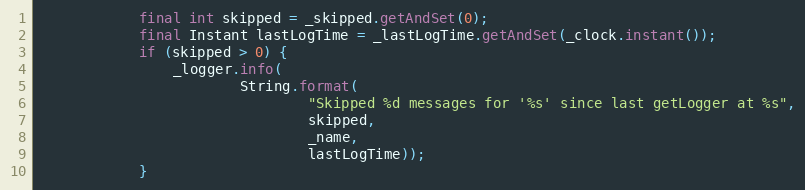
Language: Java
            final int skipped = _skipped.getAndSet(0);
            final Instant lastLogTime = _lastLogTime.getAndSet(_clock.instant());
            if (skipped > 0) {
                _logger.info(
                        String.format(
                                "Skipped %d messages for '%s' since last getLogger at %s",
                                skipped,
                                _name,
                                lastLogTime));
            }